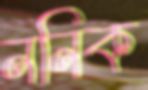
ননিক